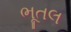
ભૂતલ